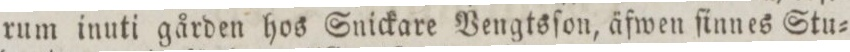
rum inuti gården hos Snickare Vengtsſon, äfwen ſinnes Stu=